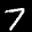
Label: 7